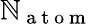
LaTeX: \mathbb{N}_{\mathrm{{~a~t~o~m~}}}